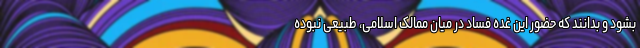
بشود و بدانند که حضور این غده فساد در میان ممالک اسلامی، طبیعی نبوده